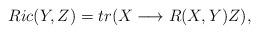
LaTeX: \begin{align*} Ric(Y,Z)=tr(X\longrightarrow R(X,Y)Z),\end{align*}